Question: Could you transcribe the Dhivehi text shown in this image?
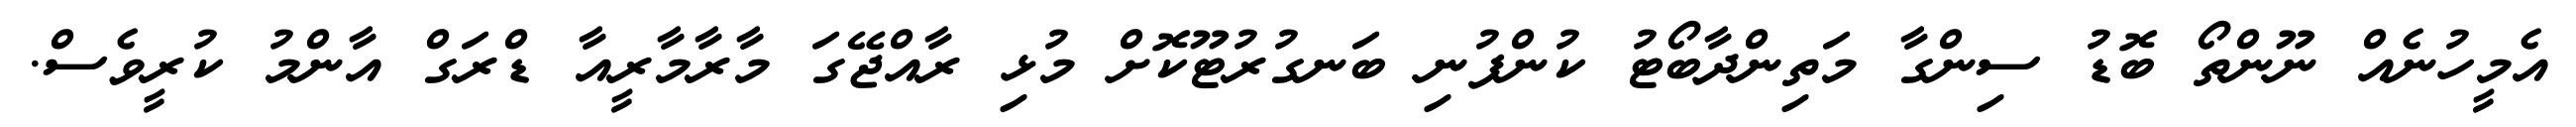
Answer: އެމީހުނެއް ނޫންތޯ ބޮޑު ސިންގާ މަތިންދާބޯޓު ކުންފުނި ބަނގުރުޓޫކޮށް މުޅި ރާއްޖޭގަ މާރާމާރީއާ ޑްރަގް އާންމު ކުރީވެސް.